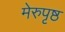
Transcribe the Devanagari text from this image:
मेरुपृष्ठ